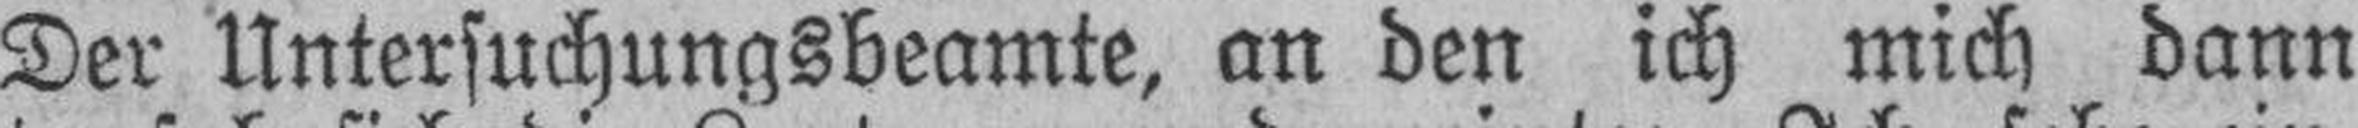
Der Untersuchungsbeamte, an den ich mich dann